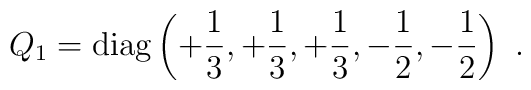
Q_1 = {\rm diag} \left ( +{1\over 3}, +{1\over 3},         +{1\over 3}, -{1\over 2},-{1\over 2} \right ) \ .